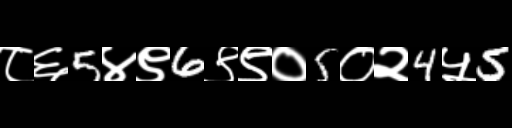
Text: ८६5४९6९९०5०२4५5